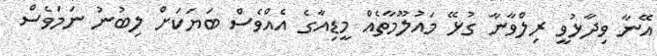
އޭނާ ވިދާޅުވީ ރިލްވާނާ ގުޅޭ މައުލޫމާތެއް މީޑިއާގެ އެއްވެސް ބަޔަކަށް ލިބުނު ނަމަވެސް